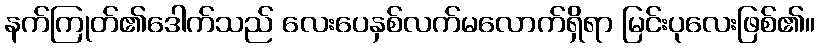
နက်ကြုတ်၏ဒေါက်သည် လေးပေနှစ်လက်မလောက်ရှိရာ မြင်းပုလေးဖြစ်၏။